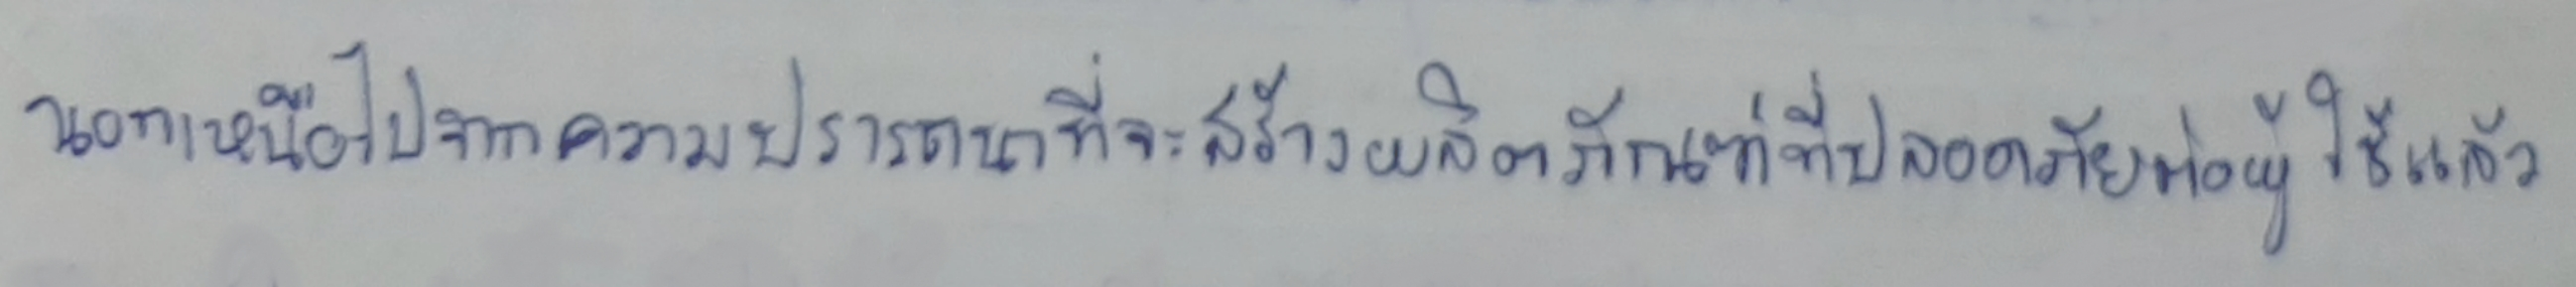
นอกเหนือไปจากความปรารถนาที่จะสร้างผลิตภัณฑ์ที่ปลอดภัยต่อผู้ใช้แล้ว